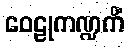
ဝေဠုကဏ္ဍကိံ